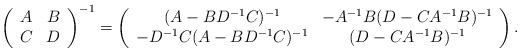
LaTeX: \begin{align*}\left (\begin{array}{cc} A & B \\ C & D \end{array} \right)^{-1} =\left (\begin{array}{cc} (A - BD^{-1}C)^{-1} & -A^{-1}B (D - CA^{-1}B)^{-1}\\ -D^{-1}C (A - BD^{-1}C)^{-1} & (D - CA^{-1}B)^{-1} \end{array} \right).\end{align*}